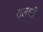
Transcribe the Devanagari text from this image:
तलाटी